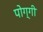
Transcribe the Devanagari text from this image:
पोग्गी